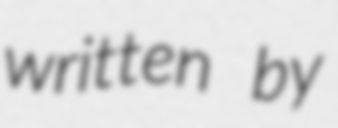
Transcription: written by